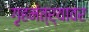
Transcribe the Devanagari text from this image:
गृहमंत्र्यावर